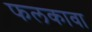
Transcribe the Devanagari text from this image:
फलकावा